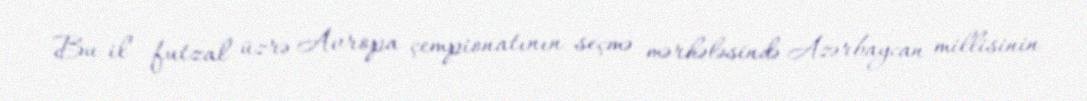
Bu il futzal üzrə Avropa çempionatının seçmə mərhələsində Azərbaycan millisinin